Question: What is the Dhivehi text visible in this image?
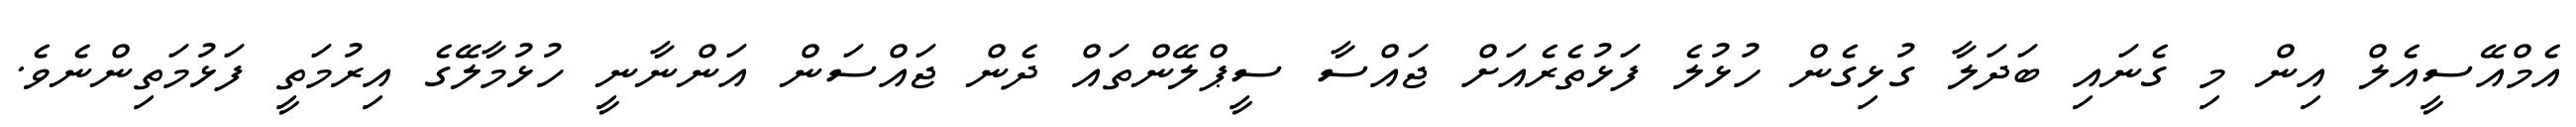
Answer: އެމްއޭސީއެލް އިން މި ގެނައި ބަދަލާ ގުޅިގެން ހުޅުލެ ފަޅުތެރެއަށް ޖައްސާ ސީޕްލޭންތައް ދެން ޖައްސަން އަންނާނީ ހުޅުމާލޭގެ އިރުމަތީ ފަޅުމަތިންނެވެ.